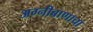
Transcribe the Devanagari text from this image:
अग्नीबाणाचा